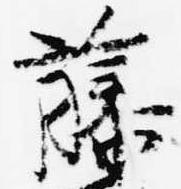
藤